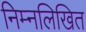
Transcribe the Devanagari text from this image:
निम्‍नलिखित